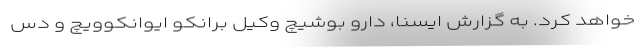
خواهد کرد. به گزارش ایسنا، دارو بوشیچ وکیل برانکو ایوانکوویچ و دس